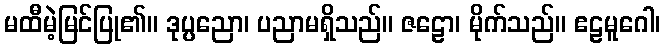
မထီမဲ့မြင်ပြု၏။ ဒုပ္ပညော၊ ပညာမရှိသည်။ ဇဠော၊ မိုက်သည်။ ဧဠမူဂေါ၊